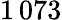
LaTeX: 1\, 073